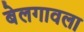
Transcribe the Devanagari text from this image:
बेलगावला